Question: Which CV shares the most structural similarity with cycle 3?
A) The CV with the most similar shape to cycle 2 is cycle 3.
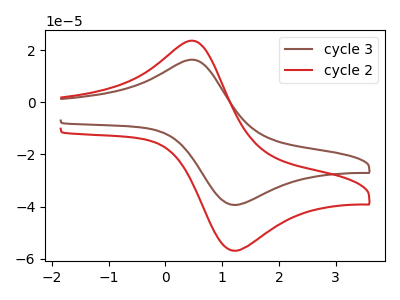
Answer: <think>The brown curve "cycle 3" has an anodic peak at (0.55V, 16.10uA) and a cathodic peak at (1.25V, -39.30uA). The red curve "cycle 2" has an anodic peak at (0.55V, 23.25uA) and a cathodic peak at (1.25V, -56.80uA).
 All the peaks in "cycle 3" have a peak in "cycle 2" at the same potential. Every peak in "cycle 3" is lower than every peak in "cycle 2".</think>
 <answer>A) The CV with the most similar shape to "cycle 2" is "cycle 3".</answer>
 <eval>A</eval>